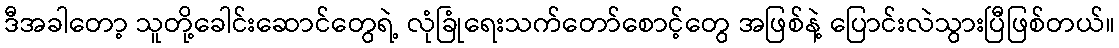
ဒီအခါတော့ သူတို့ခေါင်းဆောင်တွေရဲ့ လုံခြုံရေးသက်တော်စောင့်တွေ အဖြစ်နဲ့ ပြောင်းလဲသွားပြီဖြစ်တယ်။